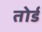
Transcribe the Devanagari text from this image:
तोर्ड